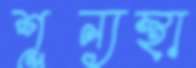
শূন্যস্থা